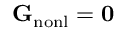
{ \bf G } _ { \mathrm { n o n l } } = { \bf 0 }